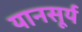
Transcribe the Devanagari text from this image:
यानसूर्य